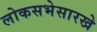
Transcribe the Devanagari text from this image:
लोकसभेसारखे